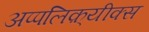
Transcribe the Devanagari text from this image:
अप्पलिक़्यीक्स